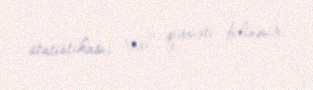
statistikası, real qiyməti bilinmir.